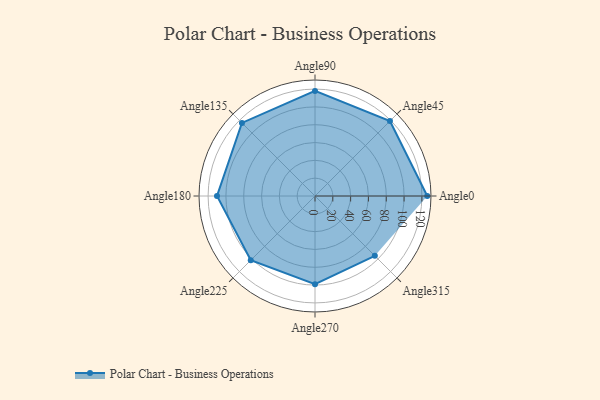
{"axis": {"x": "Angle", "y": "Radius"}, "legend": [""], "data": [{"x": "Angle0", "y": 126.0, "type": ""}, {"x": "Angle45", "y": 119.0, "type": ""}, {"x": "Angle90", "y": 118.0, "type": ""}, {"x": "Angle135", "y": 116.0, "type": ""}, {"x": "Angle180", "y": 110.0, "type": ""}, {"x": "Angle225", "y": 102.0, "type": ""}, {"x": "Angle270", "y": 99.0, "type": ""}, {"x": "Angle315", "y": 95.0, "type": ""}]}